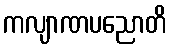
ကလျာဏပညောတိ